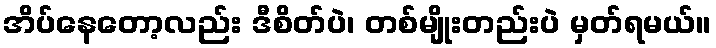
အိပ်နေတော့လည်း ဒီစိတ်ပဲ၊ တစ်မျိုးတည်းပဲ မှတ်ရမယ်။